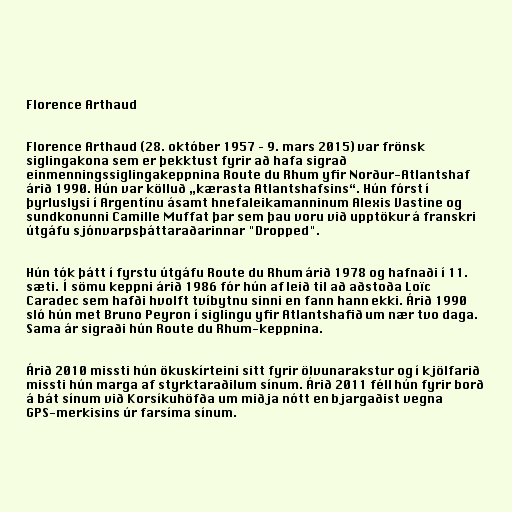
Florence Arthaud

Florence Arthaud (28. október 1957 – 9. mars 2015) var frönsk
siglingakona sem er þekktust fyrir að hafa sigrað
einmenningssiglingakeppnina Route du Rhum yfir Norður-Atlantshaf
árið 1990. Hún var kölluð „kærasta Atlantshafsins“. Hún fórst í
þyrluslysi í Argentínu ásamt hnefaleikamanninum Alexis Vastine og
sundkonunni Camille Muffat þar sem þau voru við upptökur á franskri
útgáfu sjónvarpsþáttaraðarinnar "Dropped".

Hún tók þátt í fyrstu útgáfu Route du Rhum árið 1978 og hafnaði í 11.
sæti. Í sömu keppni árið 1986 fór hún af leið til að aðstoða Loïc
Caradec sem hafði hvolft tvíbytnu sinni en fann hann ekki. Árið 1990
sló hún met Bruno Peyron í siglingu yfir Atlantshafið um nær tvo daga.
Sama ár sigraði hún Route du Rhum-keppnina.

Árið 2010 missti hún ökuskírteini sitt fyrir ölvunarakstur og í kjölfarið
missti hún marga af styrktaraðilum sínum. Árið 2011 féll hún fyrir borð
á bát sínum við Korsíkuhöfða um miðja nótt en bjargaðist vegna
GPS-merkisins úr farsíma sínum.